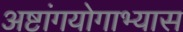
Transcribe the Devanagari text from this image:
अष्टांगयोगाभ्यास